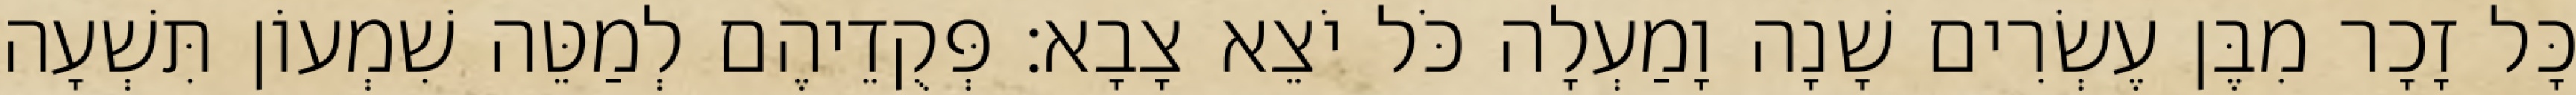
כָּל זָכָר מִבֶּן עֶשְׂרִים שָׁנָה וָמַעְלָה כֹּל יֹצֵא צָבָא׃ פְּקֻדֵיהֶם לְמַטֵּה שִׁמְעוֹן תִּשְׁעָה